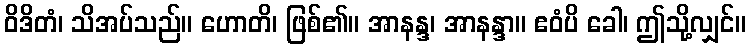
ဝိဒိတံ၊ သိအပ်သည်။ ဟောတိ၊ ဖြစ်၏။ အာနန္ဒ၊ အာနန္ဒာ။ ဧဝံပိ ခေါ၊ ဤသို့လျှင်။